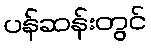
ပန်ဆန်းတွင်